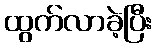
ထွက်လာခဲ့ပြီး